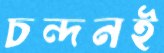
চন্দনই